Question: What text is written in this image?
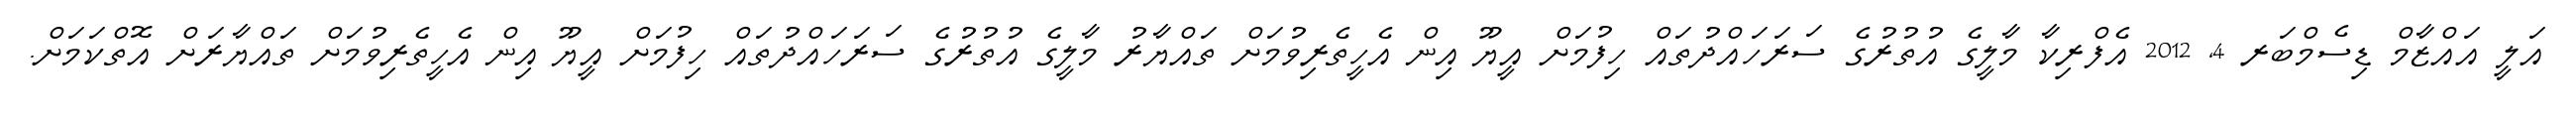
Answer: އަލީ އައްޒާމް ޑިސެމްބަރ 4, 2012 އެފްރިކާ މާލީގެ އުތުރުގެ ސަރަހައްދުތައް ހިފުމަށް އީޔޫ އިން އެހީތެރިވުމަށް ތައްޔާރު މާލީގެ އުތުރުގެ ސަރަހައްދުތައް ހިފުމަށް އީޔޫ އިން އެހީތެރިވުމަށް ތައްޔާރަށް އޮތްކަމަށް.